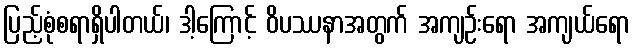
ပြည့်စုံစရာရှိပါတယ်၊ ဒါ့ကြောင့် ဝိပဿနာအတွက် အကျဉ်းရော အကျယ်ရော